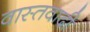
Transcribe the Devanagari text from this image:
वास्तवादी